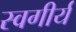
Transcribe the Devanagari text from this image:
स्वगीर्य